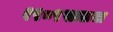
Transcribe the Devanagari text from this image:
१९८९सालचा